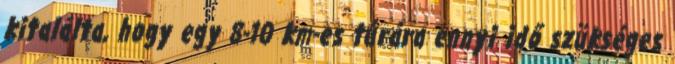
kitalálta, hogy egy 8-10 km-es túrára ennyi idő szükséges